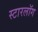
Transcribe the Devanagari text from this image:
स्टारलॉग